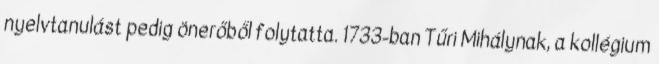
nyelvtanulást pedig önerőből folytatta. 1733-ban Tűri Mihálynak, a kollégium